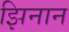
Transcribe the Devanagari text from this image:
झिनान